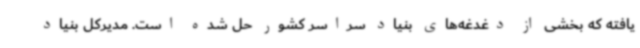
یافته که بخشی از دغدغه‌های بنیاد سراسر کشور حل شده است. مدیرکل بنیاد